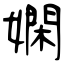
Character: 嫻